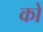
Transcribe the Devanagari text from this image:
को